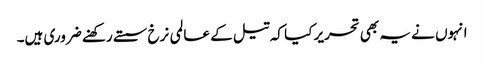
انہوں نے یہ بھی تحریر کیا کہ تیل کے عالمی نرخ سستے رکھنے ضروری ہیں۔